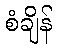
စံချိန်